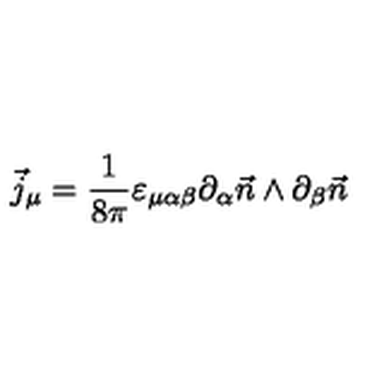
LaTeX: \vec { j } _ { \mu } = \frac { 1 } { 8 \pi } \varepsilon _ { \mu \alpha \beta } \partial _ { \alpha } \vec { n } \wedge \partial _ { \beta } \vec { n }